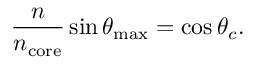
{ \frac { n } { n _ { \mathrm { c o r e } } } } \sin \theta _ { \mathrm { m a x } } = \cos \theta _ { c } .